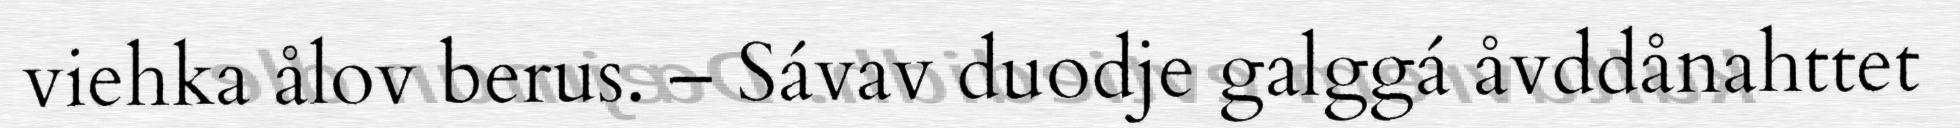
viehka ålov berus. – Sávav duodje galggá åvddånahttet